Report on plague and inoculation in the Punjab from October 1st ... to September 30th..., being the ... season of plague in the province
Disease focus: Plague
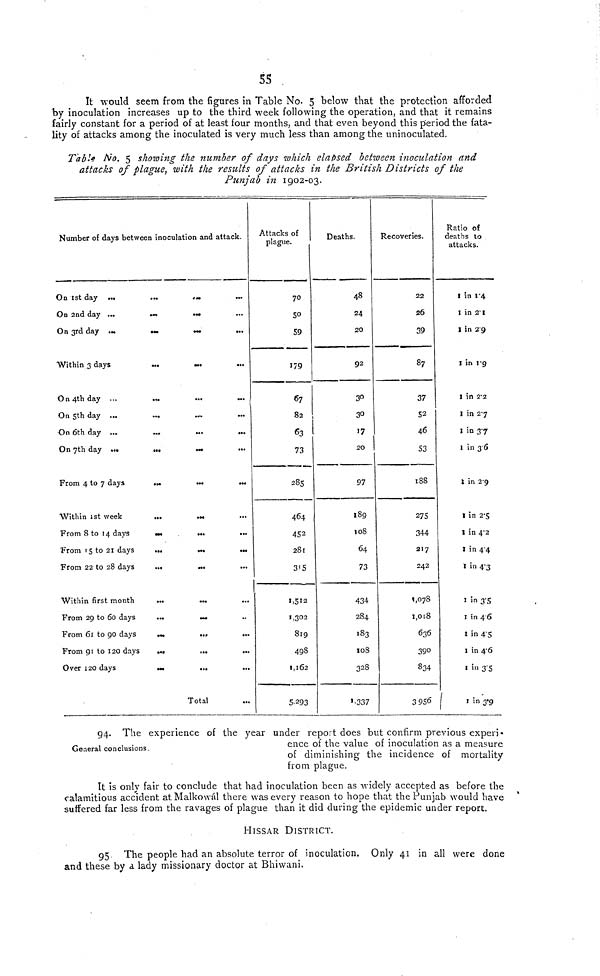
55
It would seem from the figures in Table No. 5 below that the protection afforded
by inoculation increases up to the third week following the Operation, and that it remains
fairly constant for a period of at least four months, and that even beyond this period the fata-
lity of attacks among the inoculated is very much less than among the uninoculated.
Table No. 5 showing the number of days which elapsed Between innoculation and
attacks of plague, with the results of attacks in the British Districis of the
Punjab in 1902-03
Number of days between inoculation and attack.
On ist day ...
...
...
On 2nd day ...
...
...
On 3rd day ...
—
—
...
Within 3 days
...
...
On 4th day ...
...
On 5th day ...
On 6th day ...
...
...
...
On 7th day ...
...
...
...
From 4 to 7 days ... ...
Within 1st week
...
...
From 8 to 14 days
...
....
From 15 to 21 days
...
...
...
From 22 to 28 days
...
...
Within first month
...
...
...
From 29 to 60 days
...
...
From 61 to 90 days
...
...
From 91 to 120 days
...
...
...
Over 120 days
...
Total
Attacks of
plague.
70
50
59
179
67
82
63
73
285
464
452
281
315
1512
1,302
819
498
1,162
5.293
Deaths.
48
24
20
92
30
3
17
20
97
189
108
64
73
434
284
,83
108
328
337
Recoveries.
22
26
39
87
37
52
46
53
188
275
344
217
242
1,078
1,018
636
390
834
3 956
Ratio of
deaths to
attacks.
1 in l.4
1 in 2.l
1 in 29
1 in 1.9
l in 2'2
1 in 27
1 in37
1 in36
l in 2.9
1 in2.5
1 in4.2
1 in4.4
1 in4.3
1 in3.5
1 in46
1 in4.5
l in 4.6
l in 3.5
1 in 3.9
General conclusions.
94. The experience of the year under report does but confirm previous experi-
ence of the value of inoculation as a measure
of diminishing the incidence of mortality
from plague.
It is only fair to conclude that had inoculation been as Avidely accepted as before the
calamitious accident at Malkowál there was every reason to hope that the Punjab would have
suffered far less from the ravages of plague than it did during the epidemic under report.
HlSSAR DlSTRlCT.
95 The people had an absolute terror of inoculation. Only 41 in all were done
and these by a lady missionary doctor at Bhiwani.